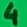
Text: 4